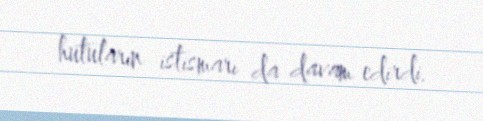
hutuların istismarı da davam edirdi.